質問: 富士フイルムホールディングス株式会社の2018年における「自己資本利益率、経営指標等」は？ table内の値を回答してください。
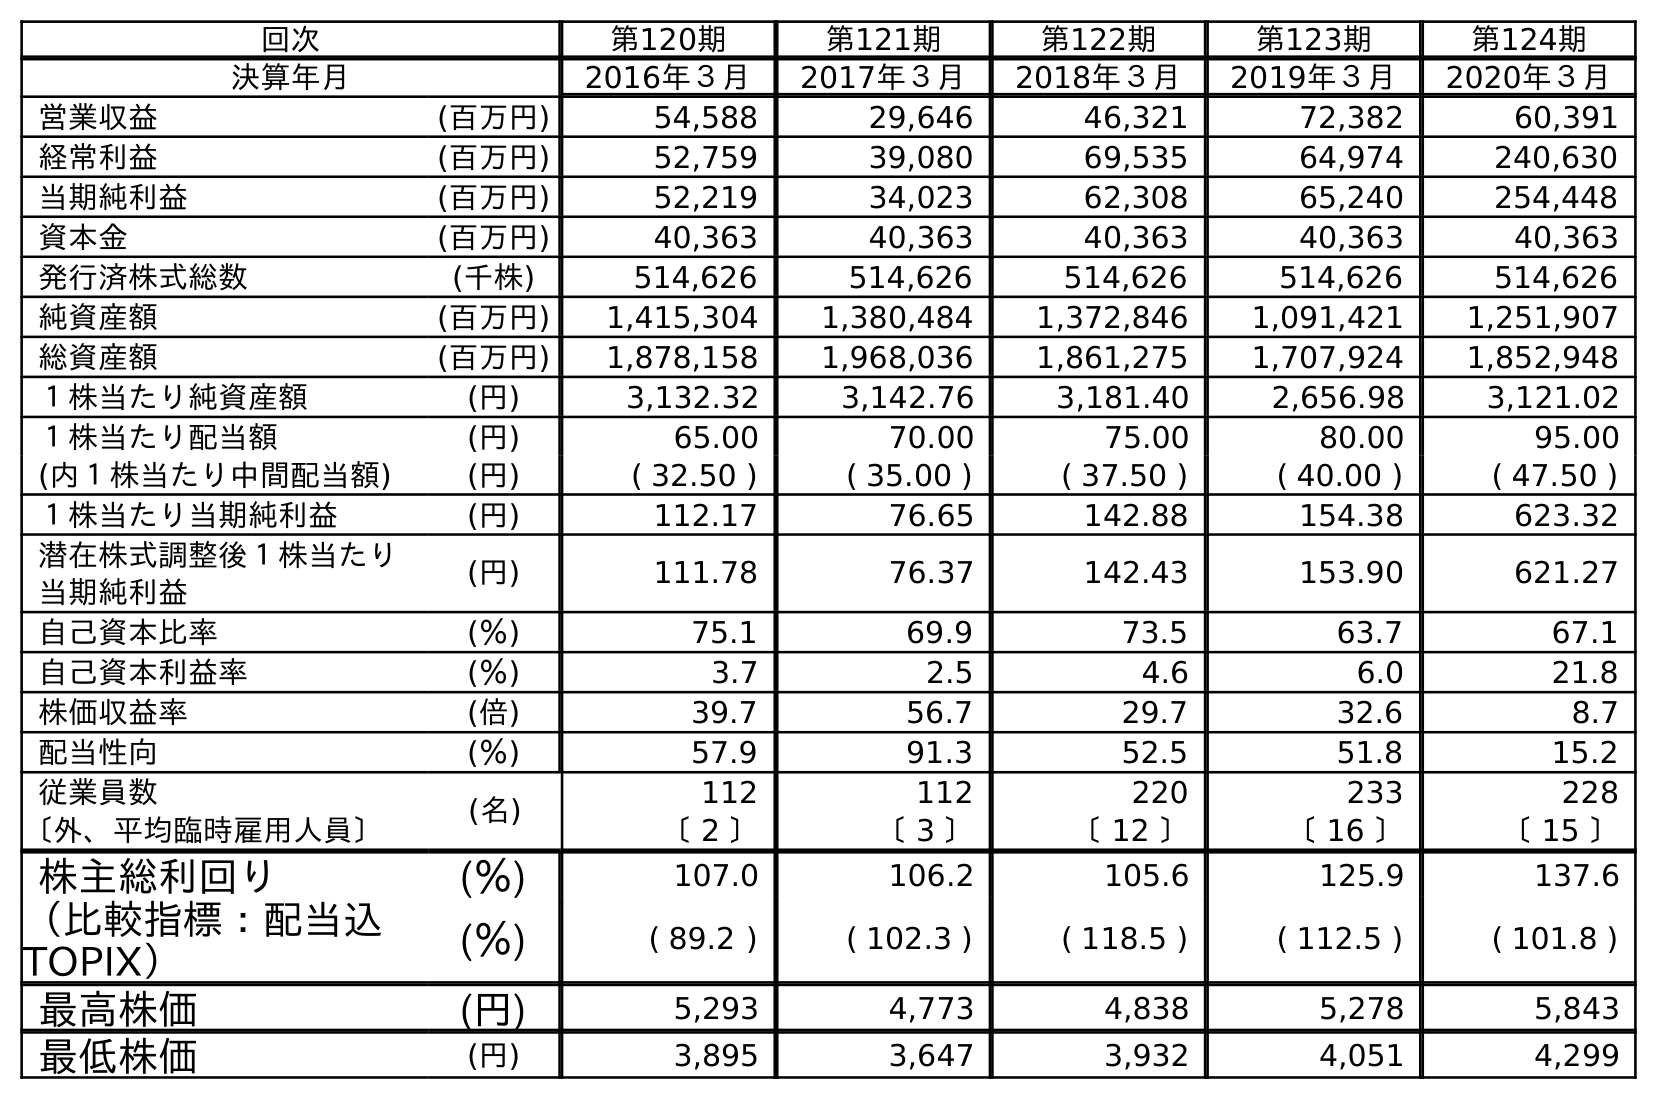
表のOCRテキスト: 回次 第120期 第121期 第122期 第123期 第124期 決算年月 2016年３月 2017年３月 2018年３月 2019年３月 2020年３月 営業収益 (百万円) 54,588 29,646 46,321 72,382 60,391 経常利益 (百万円) 52,759 39,080 69,535 64,974 240,630 当期純利益 (百万円) 52,219 34,023 62,308 65,240 254,448 資本金 (百万円) 40,363 40,363 40,363 40,363 40,363 発行済株式総数 (千株) 514,626 514,626 514,626 514,626 514,626 純資産額 (百万円) 1,415,304 1,380,484 1,372,846 1,091,421 1,251,907 総資産額 (百万円) 1,878,158 1,968,036 1,861,275 1,707,924 1,852,948 １株当たり純資産額 (円) 3,132.32 3,142.76 3,181.40 2,656.98 3,121.02 １株当たり配当額 (円) 65.00 70.00 75.00 80.00 95.00 (内１株当たり中間配当額) (円) ( 32.50 ) ( 35.00 ) ( 37.50 ) ( 40.00 ) ( 47.50 ) １株当たり当期純利益 (円) 112.17 76.65 142.88 154.38 623.32 潜在株式調整後１株当たり 当期純利益 (円) 111.78 76.37 142.43 153.90 621.27 自己資本比率 (％) 75.1 69.9 73.5 63.7 67.1 自己資本利益率 (％) 3.7 2.5 4.6 6.0 21.8 株価収益率 (倍) 39.7 56.7 29.7 32.6 8.7 配当性向 (％) 57.9 91.3 52.5 51.8 15.2 従業員数 (名) 112 112 220 233 228 〔外、平均臨時雇用人員〕 〔 2 〕 〔 3 〕 〔 12 〕 〔 16 〕 〔 15 〕 株主総利回り (％) 107.0 106.2 105.6 125.9 137.6 （比較指標：配当込 TOPIX） (％) ( 89.2 ) ( 102.3 ) ( 118.5 ) ( 112.5 ) ( 101.8 ) 最高株価 (円) 5,293 4,773 4,838 5,278 5,843 最低株価 (円) 3,895 3,647 3,932 4,051 4,299
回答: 4.6